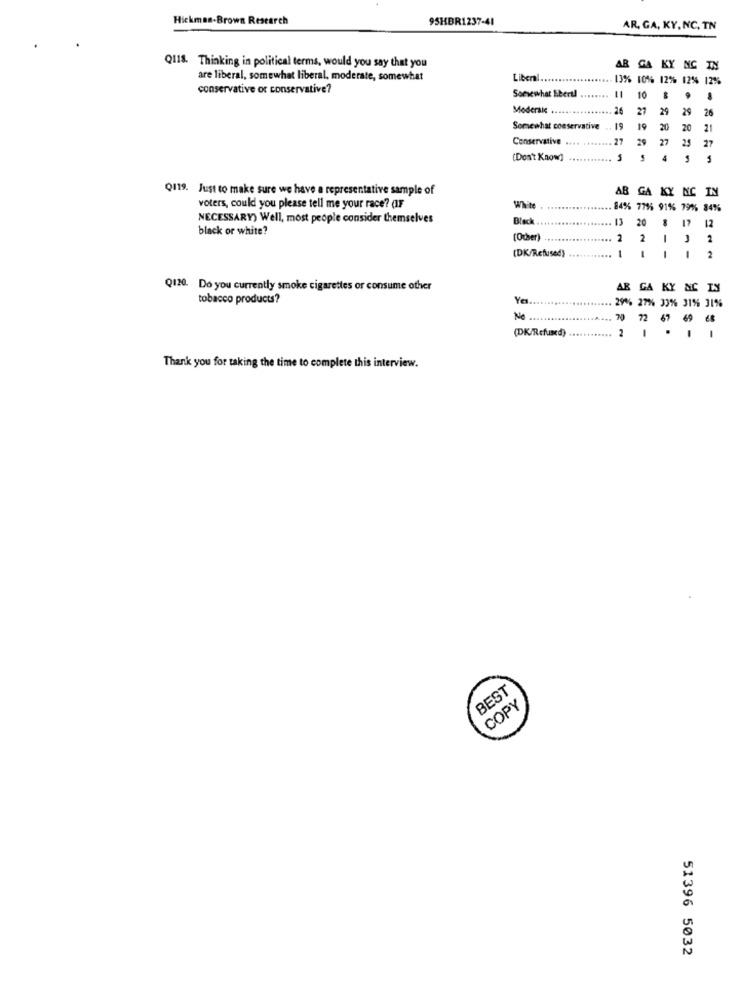
Hickman-Brown Research
95HBR1237-41
AR, GA, KY, NC, TN
Q118. Thinking in political terms, would you say that you
AB GA KY NG IN
are liberal, somewhat liberal, moderate, somewhat
Libenl .......
13% 10% 12% 12% 12%
conservative or conservative?
Somewhat Ebert!
10
Modersie ..
26
27
29
29
26
Somewhat conservative
19
19 20 20
21
Conservative ...
29 27 25
27
(Don't Know]
5 4 5
Q119. Just to make sure we have a representative sample of
IN
AB GA KY NC
voters, could you please tell me your race? (IF
White
84% 775% 91% 79%% 84%
NECESSARY) Well, most people consider themselves
Black
13
20
black or white?
17
12
(Ocher)
2
2
2
(DK/Refused)
-
-
2
Q120. Do you currently smoke cigarettes or consume other
AB GA KY NC IN
tobacco products?
Ya
29% 27%% 30% 31% 31%%
Ne
70
72 67 69 68
(DK/Refused)
2
Thank you for taking the time to complete this interview.
BEST
COPY
51396 5032